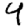
Digit: 4